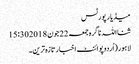
میڈیا رپورٹس
ثنااللہ ناگرہ جمعہ 22 جون 2018 15:30
لاہور(اُردوپوائنٹ اخبارتازہ ترین۔